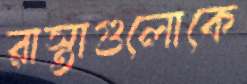
রাস্তাগুলোকে